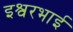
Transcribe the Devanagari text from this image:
इश्वरभाई